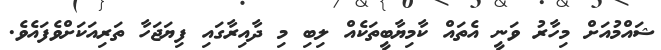
ޝައްމުއަށް މިހާރު ވަނީ އެތައް ކާމިޔާބީތަކެއް ލިބި މި ދާއިރާގައި ފިޔަޖަހާ ތަރިއަކަށްވެފައެވެ.